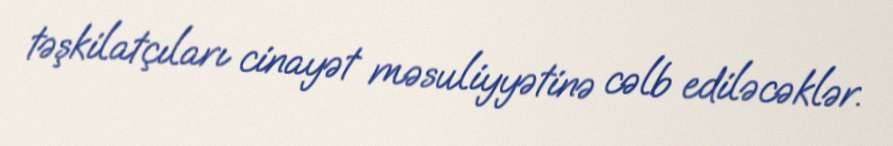
təşkilatçıları cinayət məsuliyyətinə cəlb ediləcəklər.